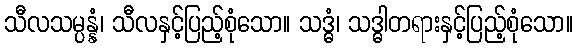
သီလသမ္ပန္နံ၊ သီလနှင့်ပြည့်စုံသော။ သဒ္ဓံ၊ သဒ္ဓါတရားနှင့်ပြည့်စုံသော။